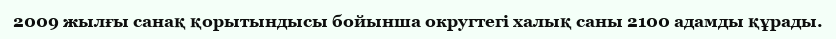
2009 жылғы санақ қорытындысы бойынша округтегі халық саны 2100 адамды құрады.